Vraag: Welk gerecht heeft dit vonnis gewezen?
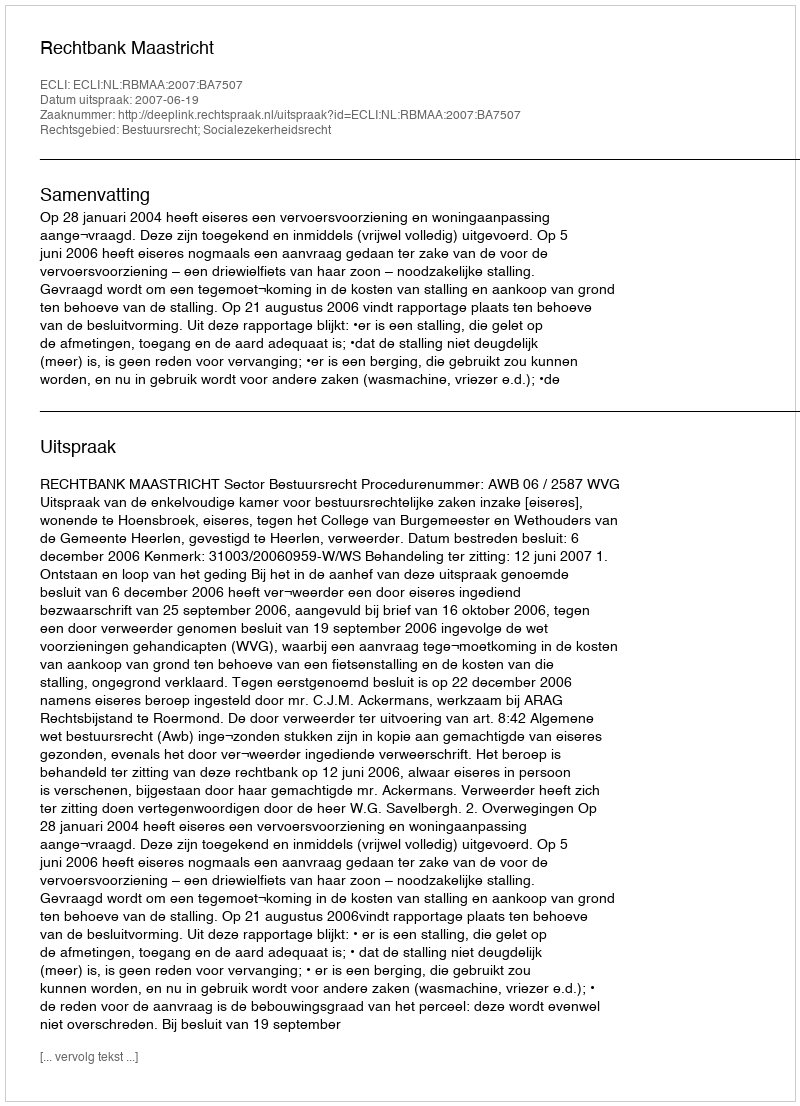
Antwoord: Rechtbank Maastricht